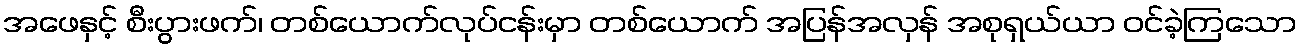
အဖေနှင့် စီးပွားဖက်၊ တစ်ယောက်လုပ်ငန်းမှာ တစ်ယောက် အပြန်အလှန် အစုရှယ်ယာ ဝင်ခဲ့ကြသော